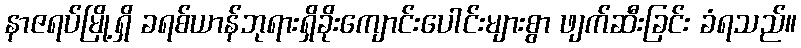
နာဇရပ်မြို့ရှိ ခရစ်ယာန်ဘုရားရှိခိုးကျောင်းပေါင်းများစွာ ဖျက်ဆီးခြင်း ခံရသည်။